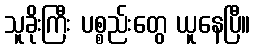
သူခိုးကြီး ပစ္စည်းတွေ ယူနေပြီ။